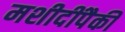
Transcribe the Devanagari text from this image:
मशीदींपैकी